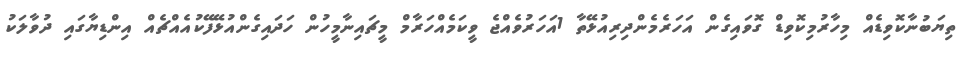
ތިޔަބުނާކޮވިޑެއް މިހާރުމިކޮވިޑް ގޮވައިގެން އަހަރެމެންދިރިއުޅޭތާ 1އަހަރުވެއްޖެ ވީކަމެއްހަރާމް މީޗައިނާމީހުން ހަދައިގެންއުޅޭފޭކުއެއްޗެެއް އިންޑިޔާގައި ދުވާލަކު